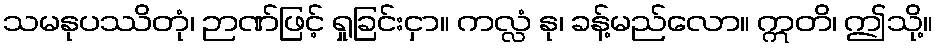
သမနုပဿိတုံ၊ ဉာဏ်ဖြင့် ရှုခြင်းငှာ။ ကလ္လံ နု၊ ခန့်မည်လော။ ဣတိ၊ ဤသို့။